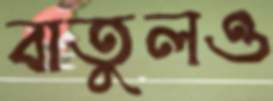
বাতুলও